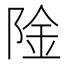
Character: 𬯉